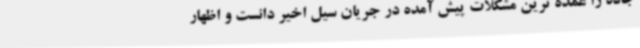
جاده را عمده ترین مشکلات پیش آمده در جریان سیل اخیر دانست و اظهار